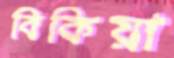
বিকিয়া